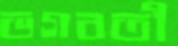
ভগবতী